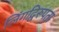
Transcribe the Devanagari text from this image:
लिंगद्विरूपता